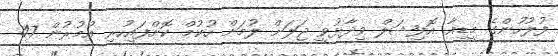
ފުލުހުންގެ މީޑިއާ އޮފިޝަލް ވިދާޅުވީ ޖަލަށް ލުމަށް ހުކުމް ކޮށްފައިހުރި އުމުރުން 47